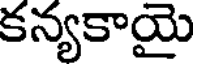
కన్యకాయై